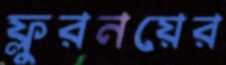
ফ্লুরনয়ের